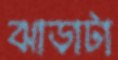
ঝাড়াটা